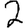
Digit: 2